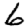
Digit: 6